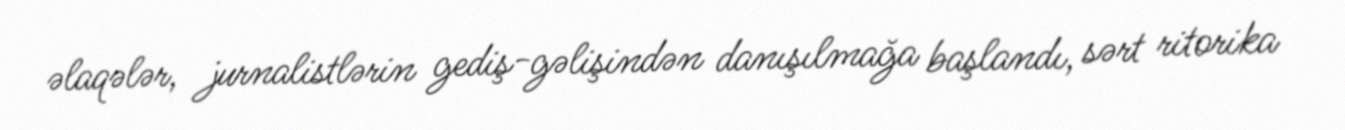
əlaqələr, jurnalistlərin gediş-gəlişindən danışılmağa başlandı, sərt ritorika